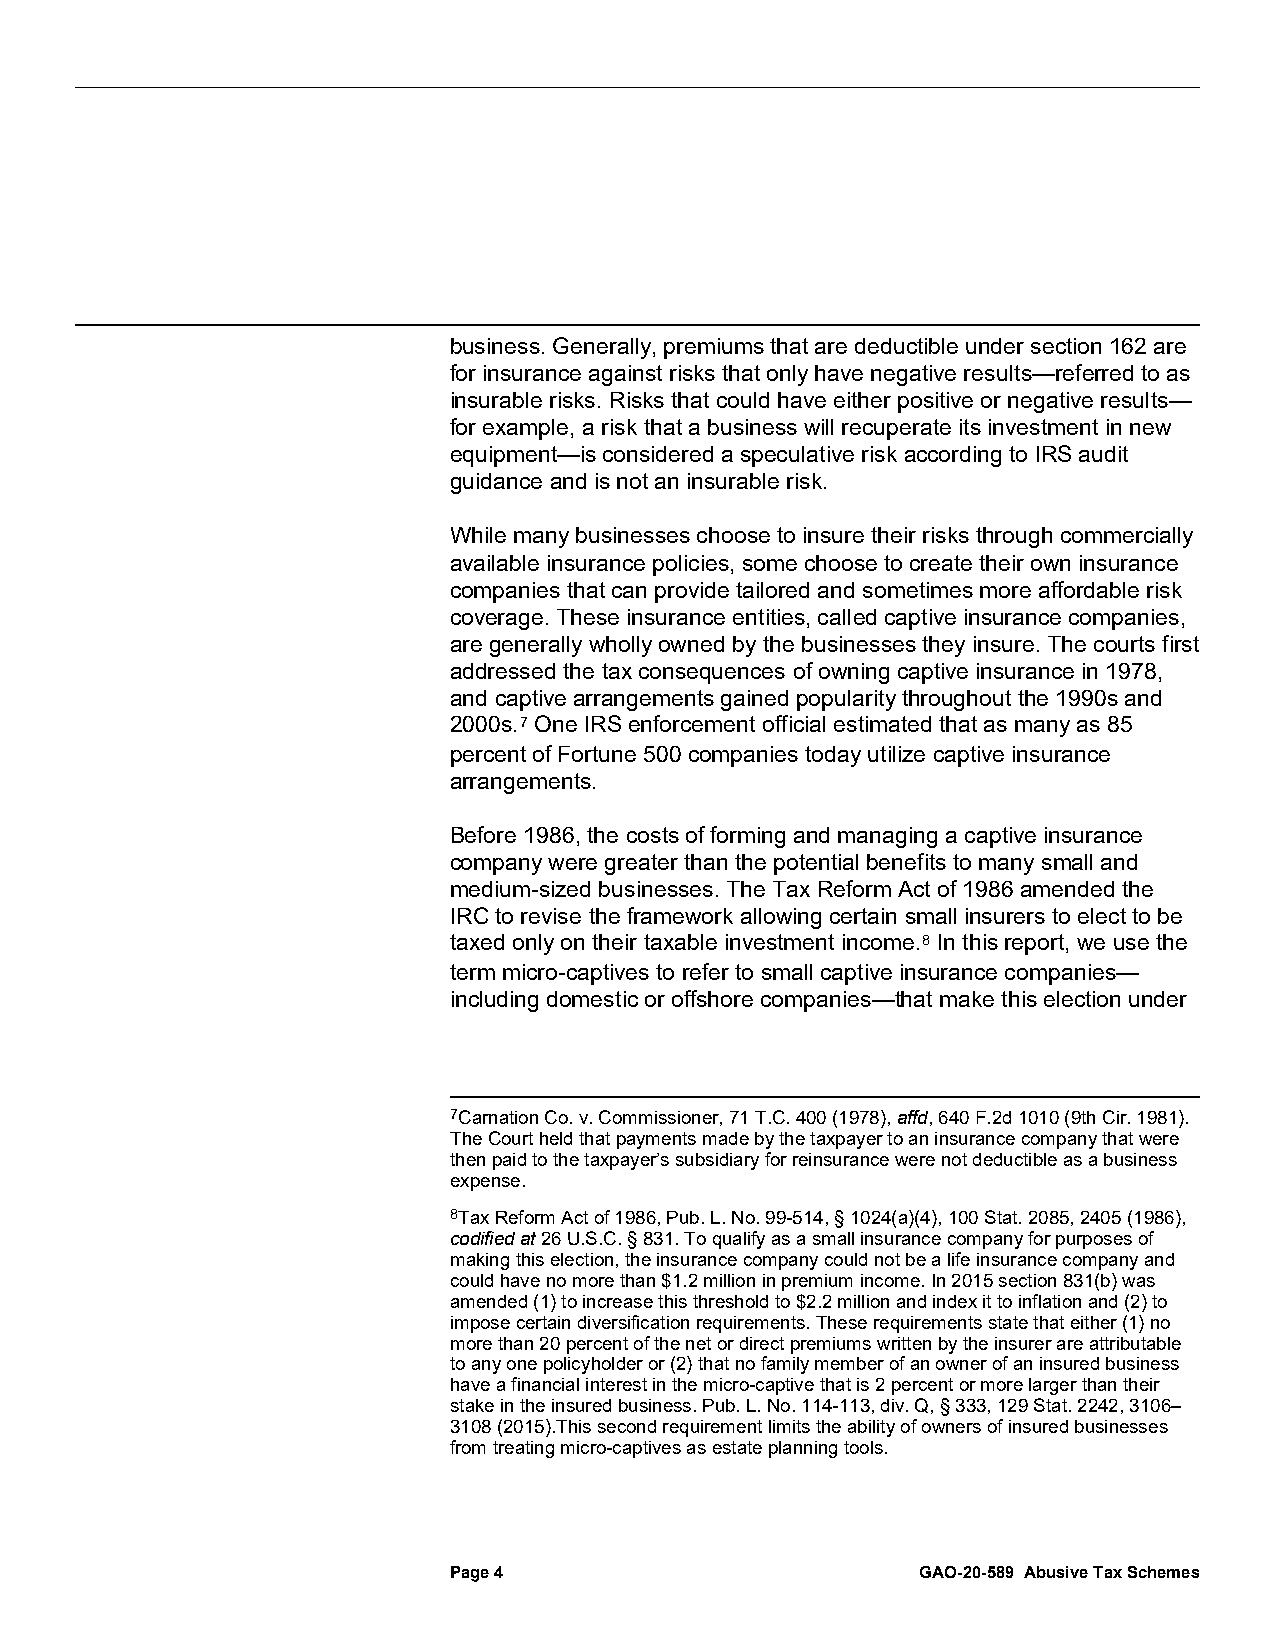
business. Generally, premiums that are deductible under section 162 are
 for insurance against risks that only have negative results—referred to as
 insurable risks. Risks that could have either positive or negative results—
 for example, a risk that a business will recuperate its investment in new
 equipment—is considered a speculative risk according to IRS audit
 guidance and is not an insurable risk.
 While many businesses choose to insure their risks through commercially
 available insurance policies, some choose to create their own insurance
 companies that can provide tailored and sometimes more affordable risk
 coverage. These insurance entities, called captive insurance companies,
 are generally wholly owned by the businesses they insure. The courts first
 addressed the tax consequences of owning captive insurance in 1978,
 and captive arrangements gained popularity throughout the 1990s and
 2000s.7 One IRS enforcement official estimated that as many as 85
 percent of Fortune 500 companies today utilize captive insurance
 arrangements.
 Before 1986, the costs of forming and managing a captive insurance
 company were greater than the potential benefits to many small and
 medium-sized businesses. The Tax Reform Act of 1986 amended the
 IRC to revise the framework allowing certain small insurers to elect to be
 taxed only on their taxable investment income.8 In this report, we use the
 term micro-captives to refer to small captive insurance companies—
 including domestic or offshore companies—that make this election under
 7Carnation Co. v. Commissioner, 71 T.C. 400 (1978), affd, 640 F.2d 1010 (9th Cir. 1981).
 The Court held that payments made by the taxpayer to an insurance company that were
 then paid to the taxpayer’s subsidiary for reinsurance were not deductible as a business
 expense.
 8Tax Reform Act of 1986, Pub. L. No. 99-514, § 1024(a)(4), 100 Stat. 2085, 2405 (1986),
 codified at 26 U.S.C. § 831. To qualify as a small insurance company for purposes of
 making this election, the insurance company could not be a life insurance company and
 could have no more than $1.2 million in premium income. In 2015 section 831(b) was
 amended (1) to increase this threshold to $2.2 million and index it to inflation and (2) to
 impose certain diversification requirements. These requirements state that either (1) no
 more than 20 percent of the net or direct premiums written by the insurer are attributable
 to any one policyholder or (2) that no family member of an owner of an insured business
 have a financial interest in the micro-captive that is 2 percent or more larger than their
 stake in the insured business. Pub. L. No. 114-113, div. Q, § 333, 129 Stat. 2242, 3106–
 3108 (2015).This second requirement limits the ability of owners of insured businesses
 from treating micro-captives as estate planning tools.
 Page 4                         GAO-20-589 Abusive Tax Schemes